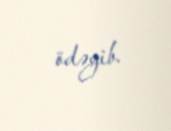
ödəyib.